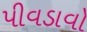
પીવડાવો